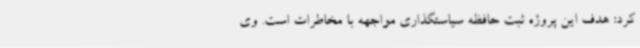
کرد: هدف این پروژه ثبت حافظه‌ سیاستگذاری مواجهه با مخاطرات است. وی